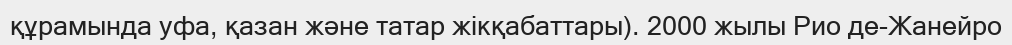
құрамында уфа, қазан және татар жікқабаттары). 2000 жылы Рио де-Жанейро